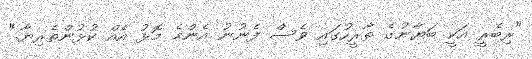
"ރިބެރީ އަކީ ބަޔާނުގެ ތާރީހުގައި ވެސް ފެނުނު އެންމެ މޮޅު އެއް ކުޅުންތެރިޔާ."